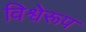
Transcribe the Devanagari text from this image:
विश्वेरूप